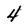
Character: 4